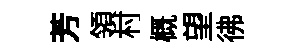
芳領村概望彿